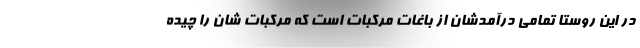
در این روستا تمامی درآمدشان از باغات مرکبات است که مرکبات شان را چیده